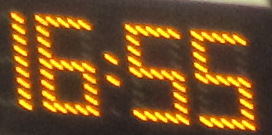
16:55